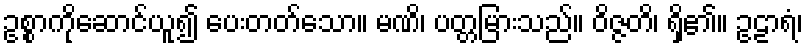
ဥစ္စာကိုဆောင်ယူ၍ ပေးတတ်သော။ မဏိ၊ ပတ္တမြားသည်။ ဝိဇ္ဇတိ၊ ရှိ၏။ ဥဠာရံ၊